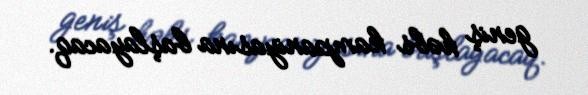
geniş həbs kampaniyasına başlayacaq.